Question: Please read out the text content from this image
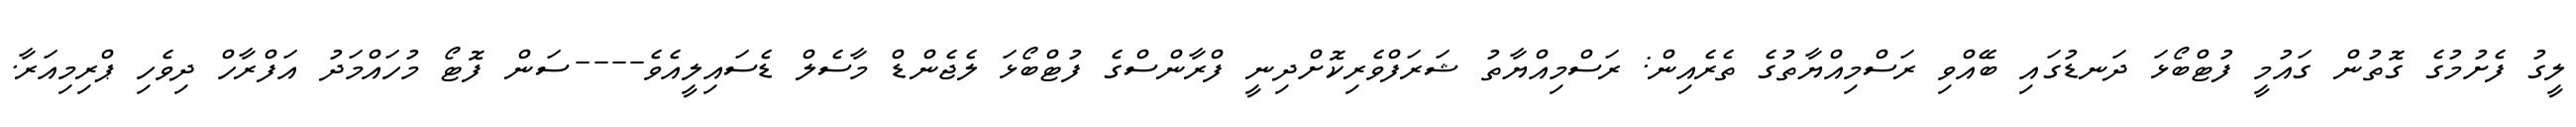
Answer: ލީގު ފެށުމުގެ ގޮތުން ގައުމީ ފުޓްބޯޅަ ދަނޑުގައި ބޭއްވި ރަސްމިއްޔާތުގެ ތެރެއިން: ރަސްމިއްޔާތު ޝަރަފްވެރިކޮށްދިނީ ފްރާންސްގެ ފުޓްބޯޅަ ލެޖެންޑް މާސެލް ޑެސައިލީއެވެ----ސަން ފޮޓޯ މުހައްމަދު އަފްރާހް ދިވެހި ޕްރިމިއަރާ.